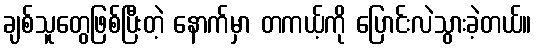
ချစ်သူတွေဖြစ်ပြီးတဲ့ နောက်မှာ တကယ့်ကို ပြောင်းလဲသွားခဲ့တယ်။